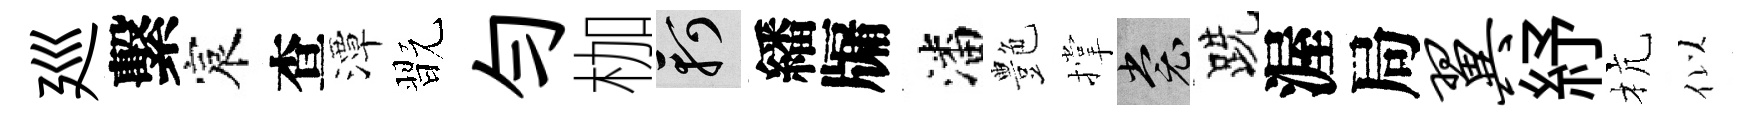
廵繫宸查潭翫勻枷軻繙牖潘艶撑裳跣渥局翼紓杭似